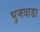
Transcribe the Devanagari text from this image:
भुजवाडा